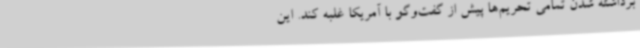
برداشته شدن تمامی تحریم‌ها پیش از گفت‌وگو با آمریکا غلبه کند. این